King Institute of Preventive Medicine Micro-Biological Section reports 1912-19
Year: 1912
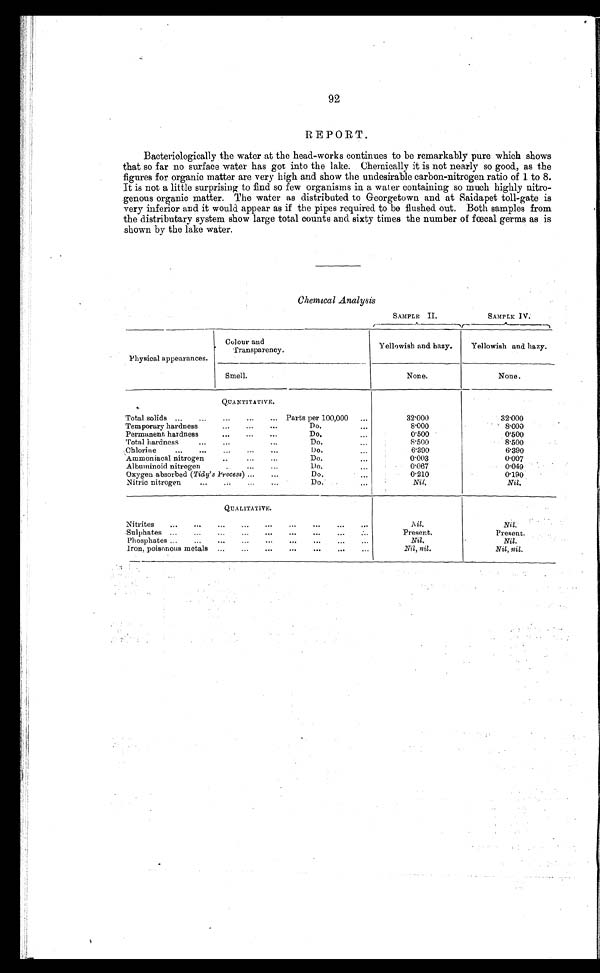
92
REPORT.
Bacteriologically the water at the head-works continues to be remarkably pure which shows
that so far no surface water has got into the lake. Chemically it is not nearly so good, as the
figures for organic matter are very high and show the undesirable carbon-nitrogen ratio of 1 to 8.
It is not a little surprising to find so few organisms in a water containing so much highly nitro-
genous organic matter. The water as distributed to Georgetown and at Saidapet toll-gate is
very inferior and it would appear as if the pipes required to be flushed out. Both samples from
the distributary system show large total counts and sixty times the number of fœcal germs as is
shown by the lake water.
Chemical Analysis
SAMPLE II
SAMPLE IV.
Physical appearances.
Colour and
Transparency.
Yellowish and hazy.
Yellowish and hazy.
Smell.
None.
None.
QUANTITATIVE.
Total solids ...
...
...
...
... Parts per 100,000
...
32.000
32.000
Temporary hardness
...
...
...
Do..
8.000
8.000
Permanent hardness
... ... ...
Do ...
0 . 5 0 0
0.500
Total hardness
...
...
...
Do ...
8 . 5 0 0
8.500
Chlorine
...
...
...
...
...
Do ...
6.390
6.390
Ammoniacal nitrogen
... ... ...
Do ...
0 . 0 0 3
0.007
Albuminoid nitrogen
...
...
...
Do ..,
0 . 0 6 7
0.049
Oxygen absorbed (Tidy' s Process) ...
...
Do...
0 . 2 1 0
0.190
Nitric nitrogen
...
...
...
...
Do.
...
Nil.
Nil.
QUALITATIVE.
Ni trites
...
,..
...
... ... ... ... ... ...
Nil.
Nil.
Sulphates ...
...
...
...
... ...
...
...
...
Present.
Present.
Phosphates ...
...
...
...
... ...
...
...
...
Nil.
Nil.
Iron, poisonous metals ... ... ... ... ... ... ...
Nil, nil.
Nil, nil.